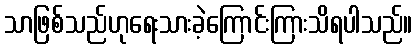
သာဖြစ်သည်ဟုရေးသားခဲ့ကြောင်းကြားသိရပါသည်။